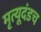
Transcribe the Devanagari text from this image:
मृत्यूदंडच